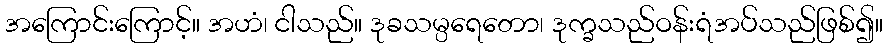
အကြောင်းကြောင့်။ အဟံ၊ ငါသည်။ ဒုခသမ္ပရေတော၊ ဒုက္ခသည်ဝန်းရံအပ်သည်ဖြစ်၍။